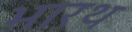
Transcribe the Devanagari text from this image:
भारथ